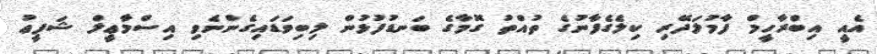
އެއީ އިބްރާހީމް ފާމުލަދޭރި ކިލެގެފާނުގެ ތުއްތު ގޮމާގެ ބަނޑުފުޅުން ލިބިވަޑައިގެންނެވި އިސްމާޢީލް ޝަފީޢު